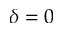
\delta = 0